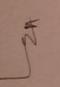
Signature authenticity: genuine